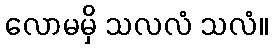
လောမမှိ သလလံ သလံ။